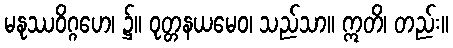
မနုဿဝိဂ္ဂဟေ၊ ၌။ ဝုတ္တနယမေဝ၊ သည်သာ။ ဣတိ၊ တည်း။